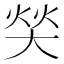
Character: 𰋧